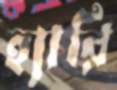
হ্যারি